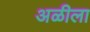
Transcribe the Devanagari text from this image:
अळीला